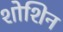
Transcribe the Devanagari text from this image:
शोशिन